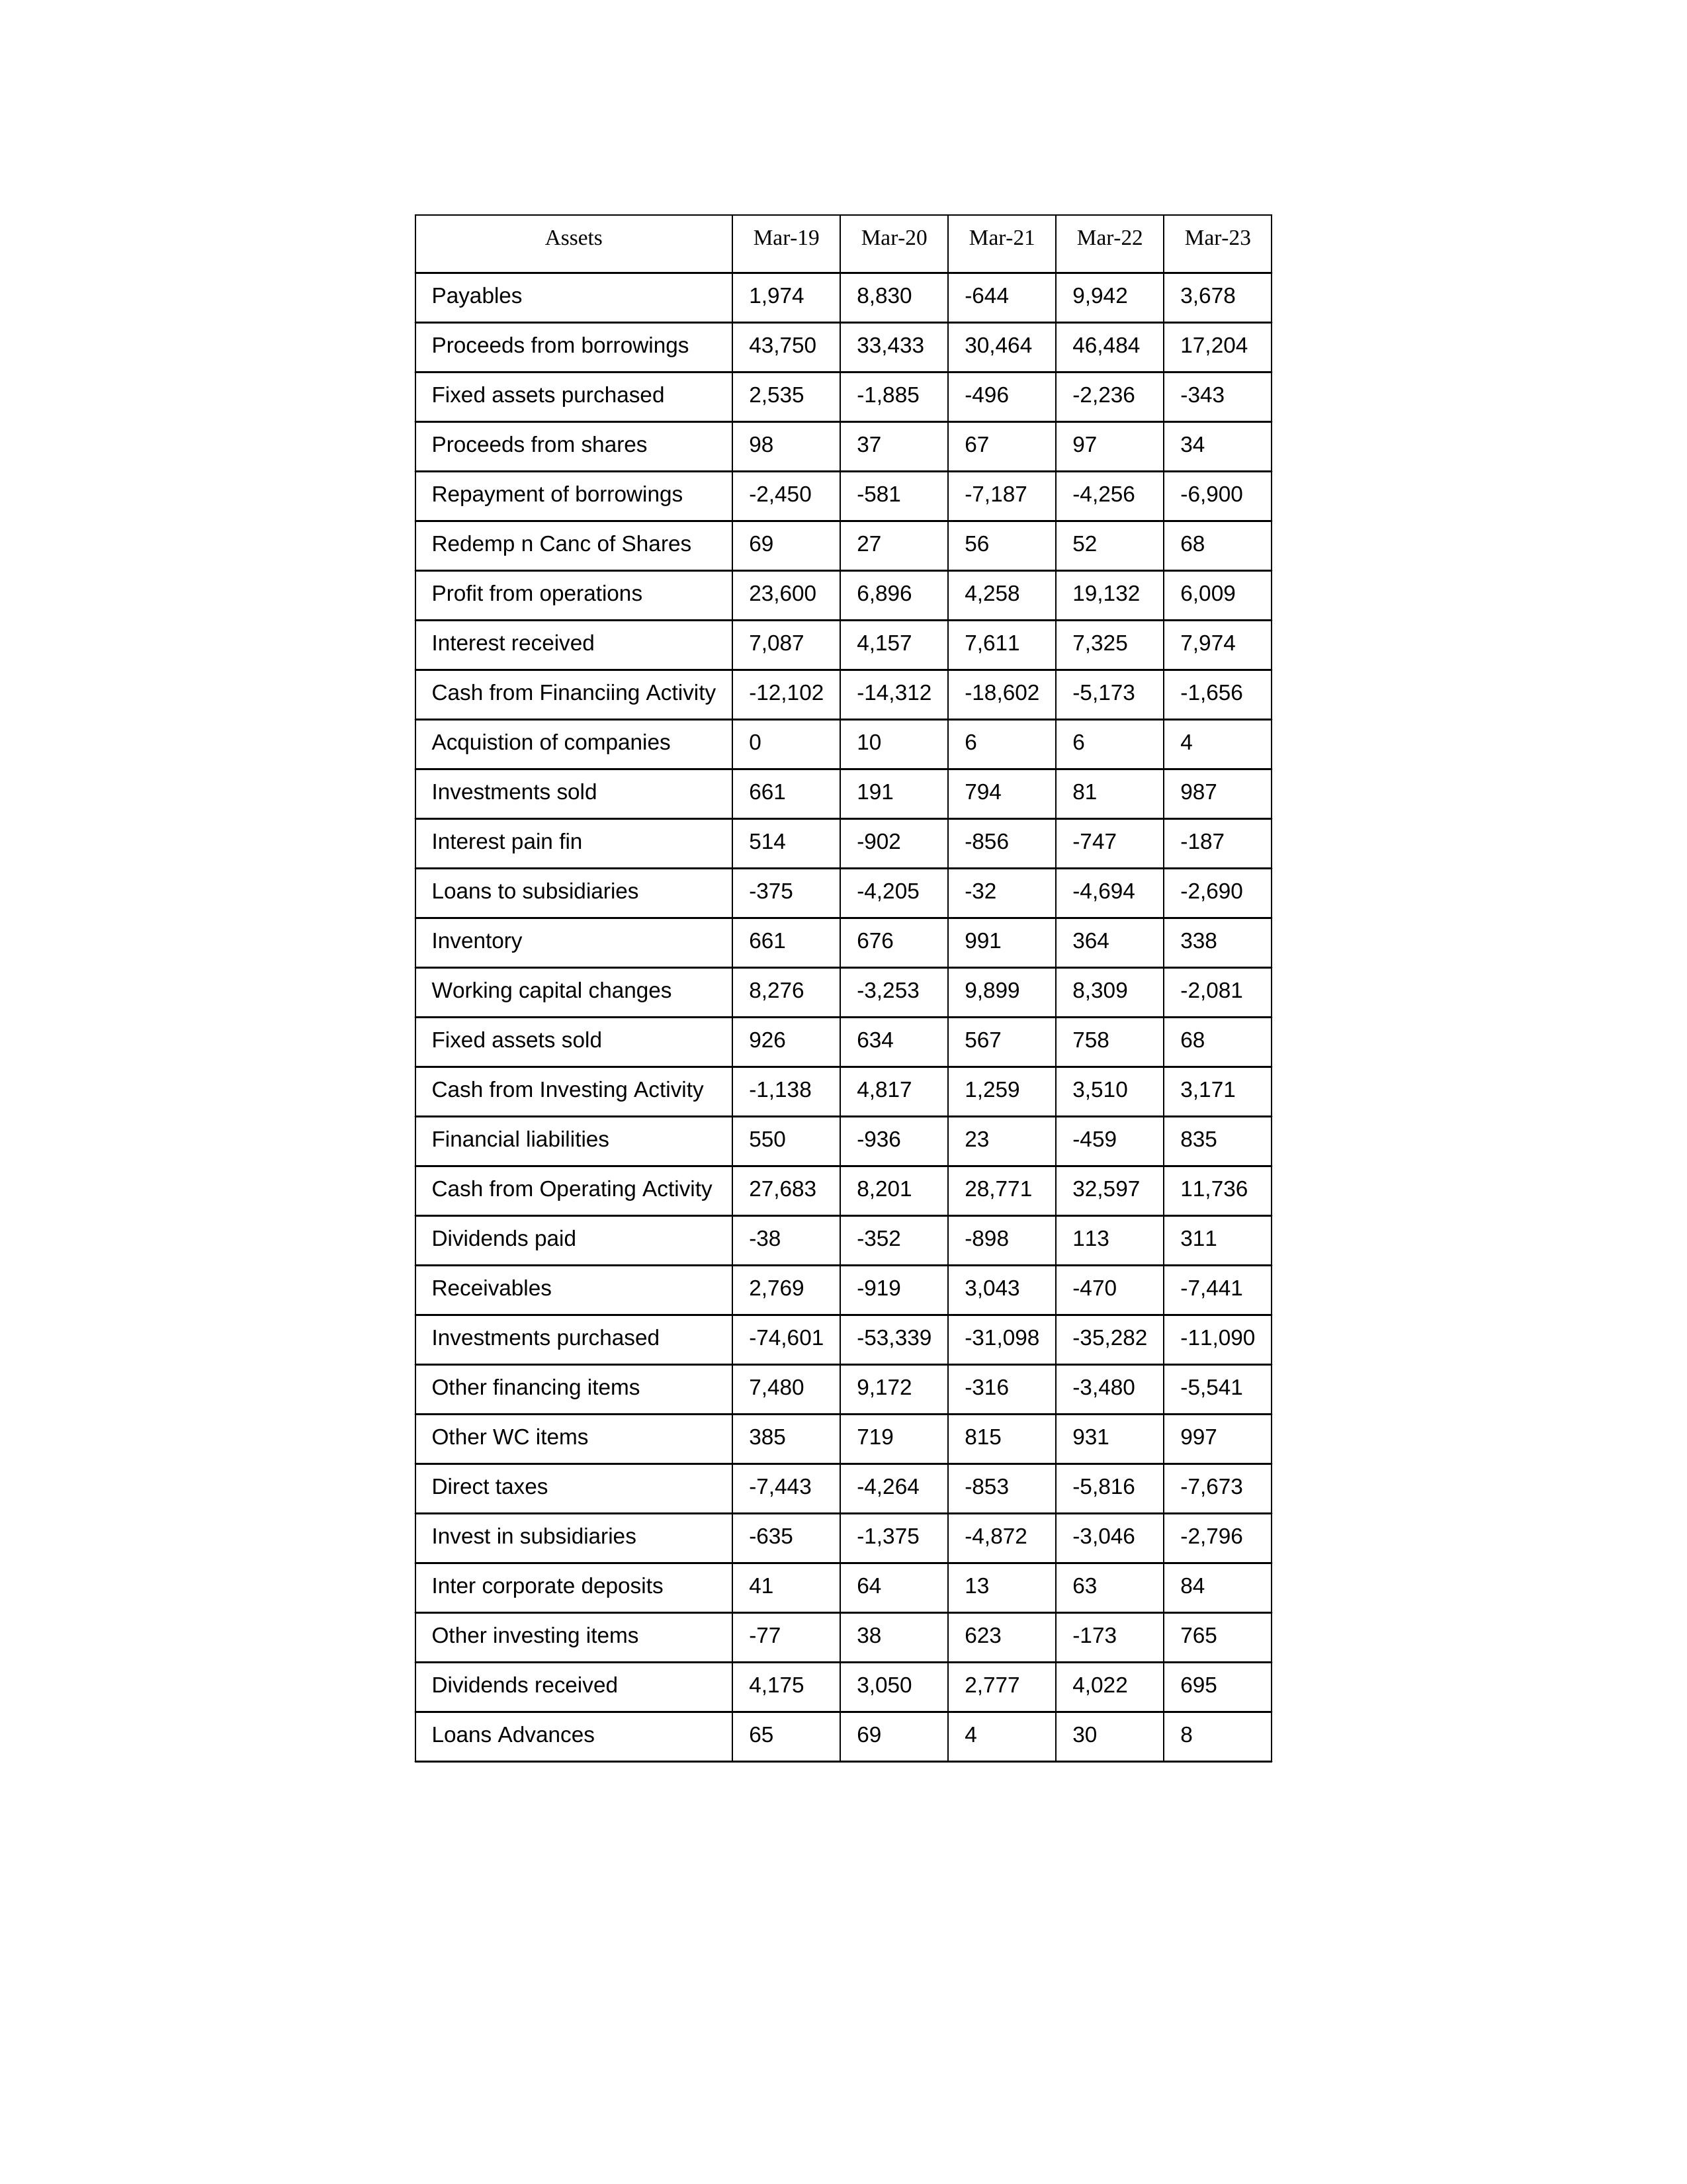
gt_parse: Mar-19: Cash from Operating Activity: 27,683
Profit from operations: 23,600
Receivables: 2,769
Inventory: 661
Payables: 1,974
Loans Advances: 65
Other WC items: 385
Working capital changes: 8,276
Direct taxes: -7,443
Cash from Investing Activity: -1,138
Fixed assets purchased: 2,535
Fixed assets sold: 926
Investments purchased: -74,601
Investments sold: 661
Interest received: 7,087
Dividends received: 4,175
Invest in subsidiaries: -635
Loans to subsidiaries: -375
Redemp n Canc of Shares: 69
Acquistion of companies: 0
Inter corporate deposits: 41
Other investing items: -77
Cash from Financiing Activity: -12,102
Proceeds from shares: 98
Proceeds from borrowings: 43,750
Repayment of borrowings: -2,450
Interest pain fin: 514
Dividends paid: -38
Financial liabilities: 550
Other financing items: 7,480
Mar-20: Cash from Operating Activity: 8,201
Profit from operations: 6,896
Receivables: -919
Inventory: 676
Payables: 8,830
Loans Advances: 69
Other WC items: 719
Working capital changes: -3,253
Direct taxes: -4,264
Cash from Investing Activity: 4,817
Fixed assets purchased: -1,885
Fixed assets sold: 634
Investments purchased: -53,339
Investments sold: 191
Interest received: 4,157
Dividends received: 3,050
Invest in subsidiaries: -1,375
Loans to subsidiaries: -4,205
Redemp n Canc of Shares: 27
Acquistion of companies: 10
Inter corporate deposits: 64
Other investing items: 38
Cash from Financiing Activity: -14,312
Proceeds from shares: 37
Proceeds from borrowings: 33,433
Repayment of borrowings: -581
Interest pain fin: -902
Dividends paid: -352
Financial liabilities: -936
Other financing items: 9,172
Mar-21: Cash from Operating Activity: 28,771
Profit from operations: 4,258
Receivables: 3,043
Inventory: 991
Payables: -644
Loans Advances: 4
Other WC items: 815
Working capital changes: 9,899
Direct taxes: -853
Cash from Investing Activity: 1,259
Fixed assets purchased: -496
Fixed assets sold: 567
Investments purchased: -31,098
Investments sold: 794
Interest received: 7,611
Dividends received: 2,777
Invest in subsidiaries: -4,872
Loans to subsidiaries: -32
Redemp n Canc of Shares: 56
Acquistion of companies: 6
Inter corporate deposits: 13
Other investing items: 623
Cash from Financiing Activity: -18,602
Proceeds from shares: 67
Proceeds from borrowings: 30,464
Repayment of borrowings: -7,187
Interest pain fin: -856
Dividends paid: -898
Financial liabilities: 23
Other financing items: -316
Mar-22: Cash from Operating Activity: 32,597
Profit from operations: 19,132
Receivables: -470
Inventory: 364
Payables: 9,942
Loans Advances: 30
Other WC items: 931
Working capital changes: 8,309
Direct taxes: -5,816
Cash from Investing Activity: 3,510
Fixed assets purchased: -2,236
Fixed assets sold: 758
Investments purchased: -35,282
Investments sold: 81
Interest received: 7,325
Dividends received: 4,022
Invest in subsidiaries: -3,046
Loans to subsidiaries: -4,694
Redemp n Canc of Shares: 52
Acquistion of companies: 6
Inter corporate deposits: 63
Other investing items: -173
Cash from Financiing Activity: -5,173
Proceeds from shares: 97
Proceeds from borrowings: 46,484
Repayment of borrowings: -4,256
Interest pain fin: -747
Dividends paid: 113
Financial liabilities: -459
Other financing items: -3,480
Mar-23: Cash from Operating Activity: 11,736
Profit from operations: 6,009
Receivables: -7,441
Inventory: 338
Payables: 3,678
Loans Advances: 8
Other WC items: 997
Working capital changes: -2,081
Direct taxes: -7,673
Cash from Investing Activity: 3,171
Fixed assets purchased: -343
Fixed assets sold: 68
Investments purchased: -11,090
Investments sold: 987
Interest received: 7,974
Dividends received: 695
Invest in subsidiaries: -2,796
Loans to subsidiaries: -2,690
Redemp n Canc of Shares: 68
Acquistion of companies: 4
Inter corporate deposits: 84
Other investing items: 765
Cash from Financiing Activity: -1,656
Proceeds from shares: 34
Proceeds from borrowings: 17,204
Repayment of borrowings: -6,900
Interest pain fin: -187
Dividends paid: 311
Financial liabilities: 835
Other financing items: -5,541